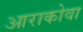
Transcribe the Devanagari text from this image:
आराकोवा